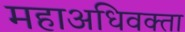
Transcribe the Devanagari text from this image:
महाअधिवक्ता